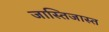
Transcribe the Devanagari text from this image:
जास्तिजास्त